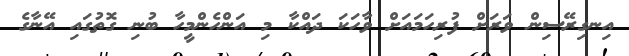
އިނގިރޭސިން ވަރަށް ފުރިހަމައަށް ވާހަކަ ދައްކާ މި އަންހެންމީހާ ބުނި ގޮތުގައި އޭނާގެ